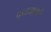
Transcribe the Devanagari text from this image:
फळबागही